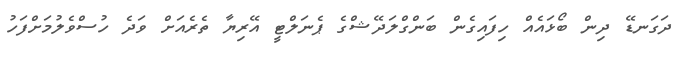
ދަގަނޑޭ ދިން ބޯޅައެއް ހިފައިގެން ބަންގްލަދޭޝްގެ ޕެނަލްޓީ އޭރިޔާ ތެރެއަށް ވަދެ ހުސްވެލުމަށްފަހު